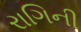
રાગિની